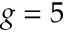
g = 5